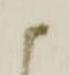
ま